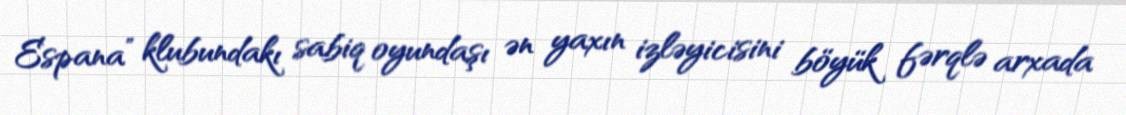
Espana” klubundakı sabiq oyundaşı ən yaxın izləyicisini böyük fərqlə arxada